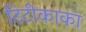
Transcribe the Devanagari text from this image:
टिटीकाका